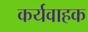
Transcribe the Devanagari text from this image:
कर्यवाहक